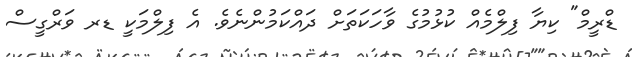
ޑްރީމް" ކިޔާ ފިލްމެއް ކުޅުމުގެ ވާހަކަތަށް ދައްކަމުންނެވެ. އެ ފިލްމަކީ ޑރ ވަރްގީސް